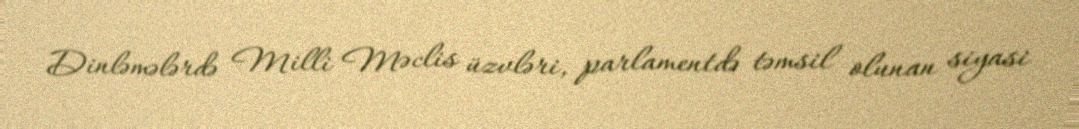
Dinləmələrdə Milli Məclis üzvləri, parlamentdə təmsil olunan siyasi